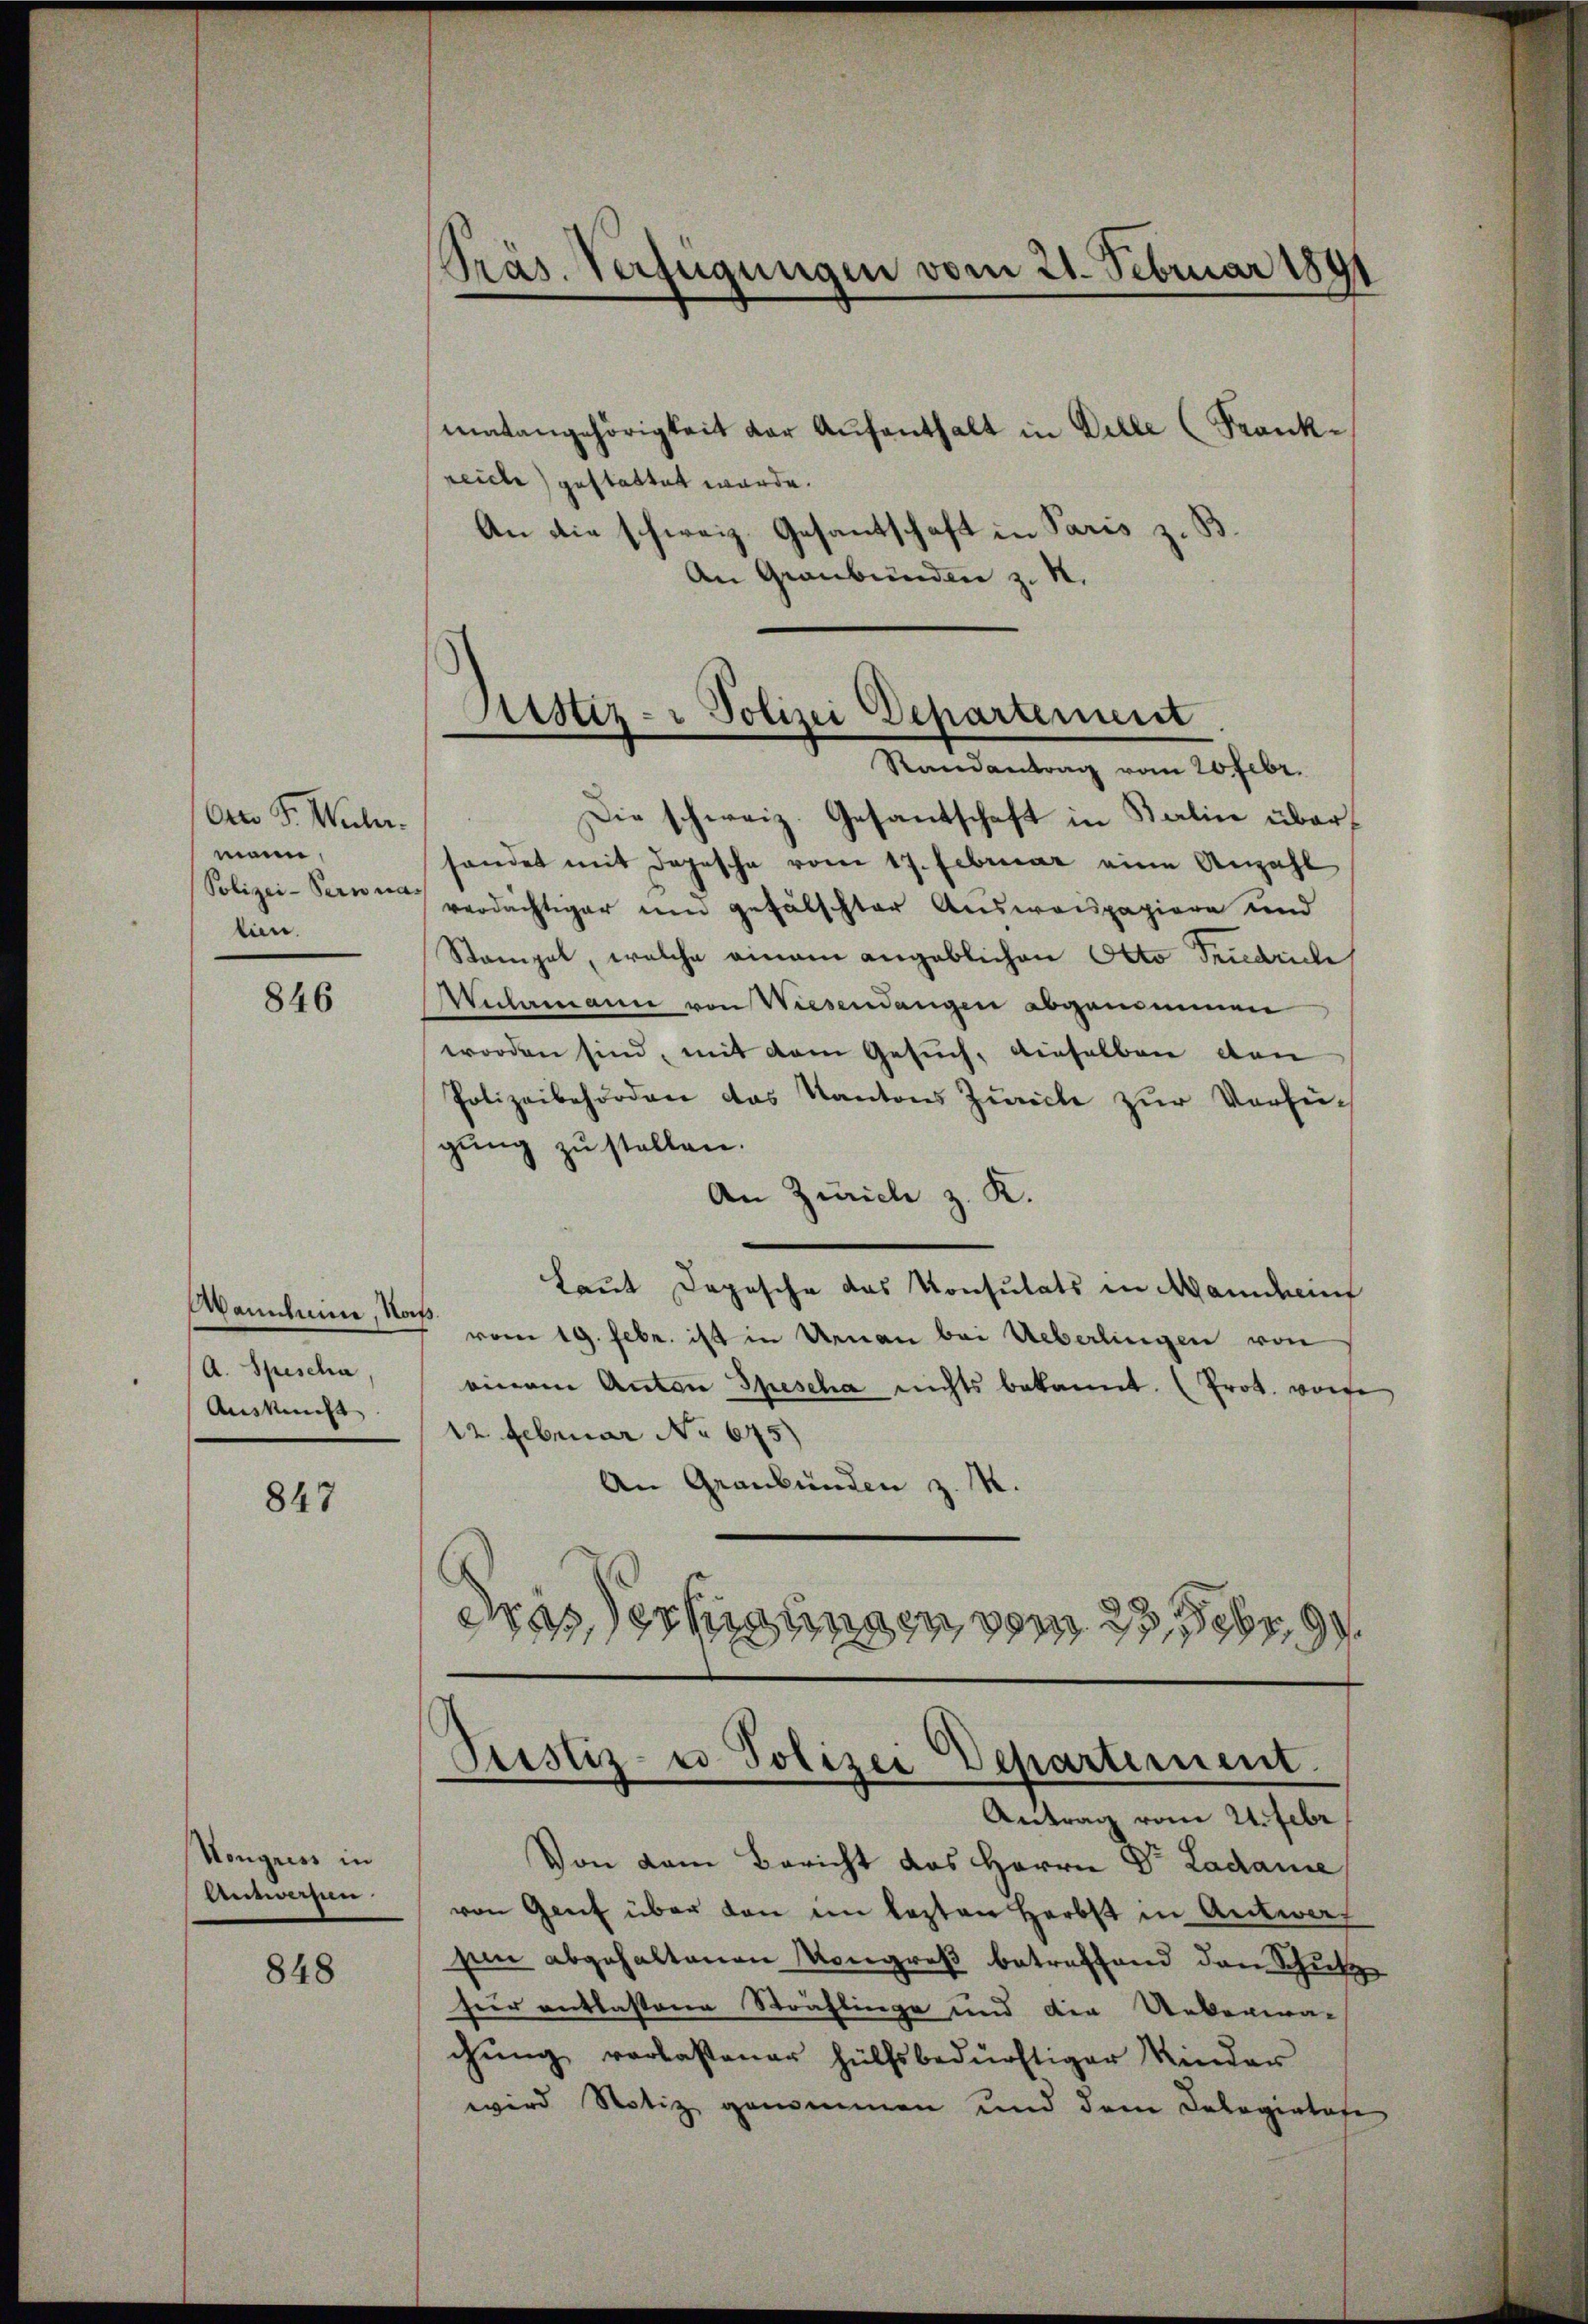
Orts S. Wuhr-
mann.
Polizei-Pern nas
tien.

846

Womitein, Naß
A. Spescha
Auskunft

847

Hongress in
eenwesen.

848

matangehörigkeit der Aufenthalt in Dille (Frankreiche) gestattet würde.
An die schweiz. Gesantschaft in Paris z. B.
An Graubünden z. K.

Präs. Verfügungen vom 21. Februar 1891

Ristiz- & Polizei Departement
.
Randantrag vom 20 Febr.

Die schweiz. Gesantschaft in Kalin überhandet mit Depesche vom 17. Februar eine Anzahl
verdächtiger um gefälschter Ausweispapiere und
Stampel, welche einem angeblichen Otto Friedriche
Wulmanne von Wiesendangen abgenommen
worden sind, mit dem Gesuch, dieselben den
Polizeibehörden das Kantons Zürich zur Verfügung zu stellen.
An Zürich z. K.
Laut Depesche das Konsulats in Mancheinf
vom 19. Febr. ist in Urnau bei Ueberlingen von
einem Anton Spescha nichts bekannt. (Prot. von
12. Februar No 675)
An Graubünden z. R.
dras der Mangen vom 27. Febr. 99.

Justiz- u Polizei Departement.

Antrag vom 24. Febr
Von dem Bericht des Herrn Dr Ladame
von Genf über den im lezten Herbst in Antworf
sen abgehaltenen Kongreß betreffend den Schutz
hier entlassene Sträflinge und der Ueberma-
chung verlassener Hülfsbedürftiger Kinder
wird Notiz genommen und dem Delegiatate